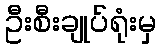
ဦးစီးချုပ်ရုံးမှ